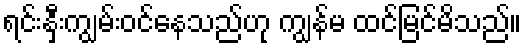
ရင်းနှီးကျွမ်းဝင်နေသည်ဟု ကျွန်မ ထင်မြင်မိသည်။